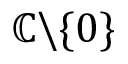
\mathbb { C } \backslash \{ 0 \}